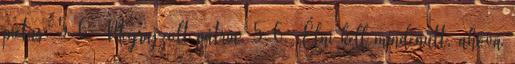
pictus. 5-6; Megrajzolt pátria. 5-6. „Élni kell mindenütt, ahová